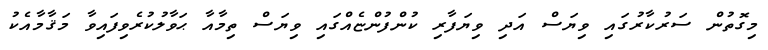
މިގޮތުން ސަރުކާރުގައި ވިޔަސް އަދި ވިޔަފާރި ކުންފުންޏެއްގައި ވިޔަސް ތިމާއާ ޙަވާލުކުރެވިފައިވާ މަޤާމާއެކު